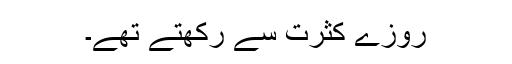
روزے کثرت سے رکھتے تھے۔